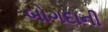
બોગદાની